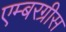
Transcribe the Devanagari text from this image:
एम्बरग्रीस